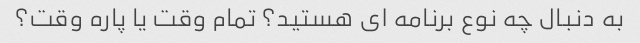
به دنبال چه نوع برنامه ای هستید؟ تمام وقت یا پاره وقت؟